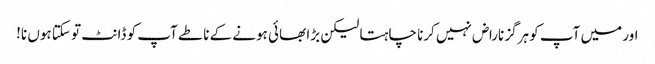
اور میں آپ کو ہرگز ناراض نہیں کرنا چاہتا لیکن بڑا بھائی ہونے کے ناطے آپ کو ڈانٹ تو سکتا ہوں نا!